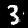
Digit: 3